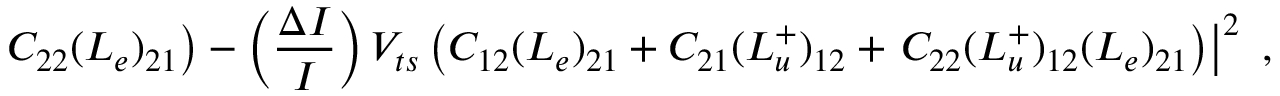
\left. C _ { 2 2 } ( L _ { e } ) _ { 2 1 } \right) - \left( \frac { \Delta I } { I } \right) V _ { t s } \left( C _ { 1 2 } ( L _ { e } ) _ { 2 1 } + C _ { 2 1 } ( L _ { u } ^ { + } ) _ { 1 2 } + \left. C _ { 2 2 } ( L _ { u } ^ { + } ) _ { 1 2 } ( L _ { e } ) _ { 2 1 } \right) \right| ^ { 2 } ~ ,